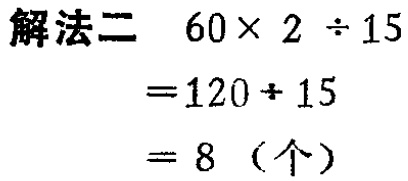
\(

\begin{align*}

& \text{解法二 }60\times2\div15\\

&=120\div15\\

& = 8 \text{（个）}

\end{align*}

\)